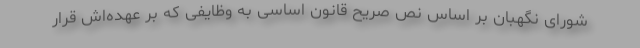
شورای نگهبان بر اساس نص صریح قانون اساسی به وظایفی که بر عهده‌اش قرار